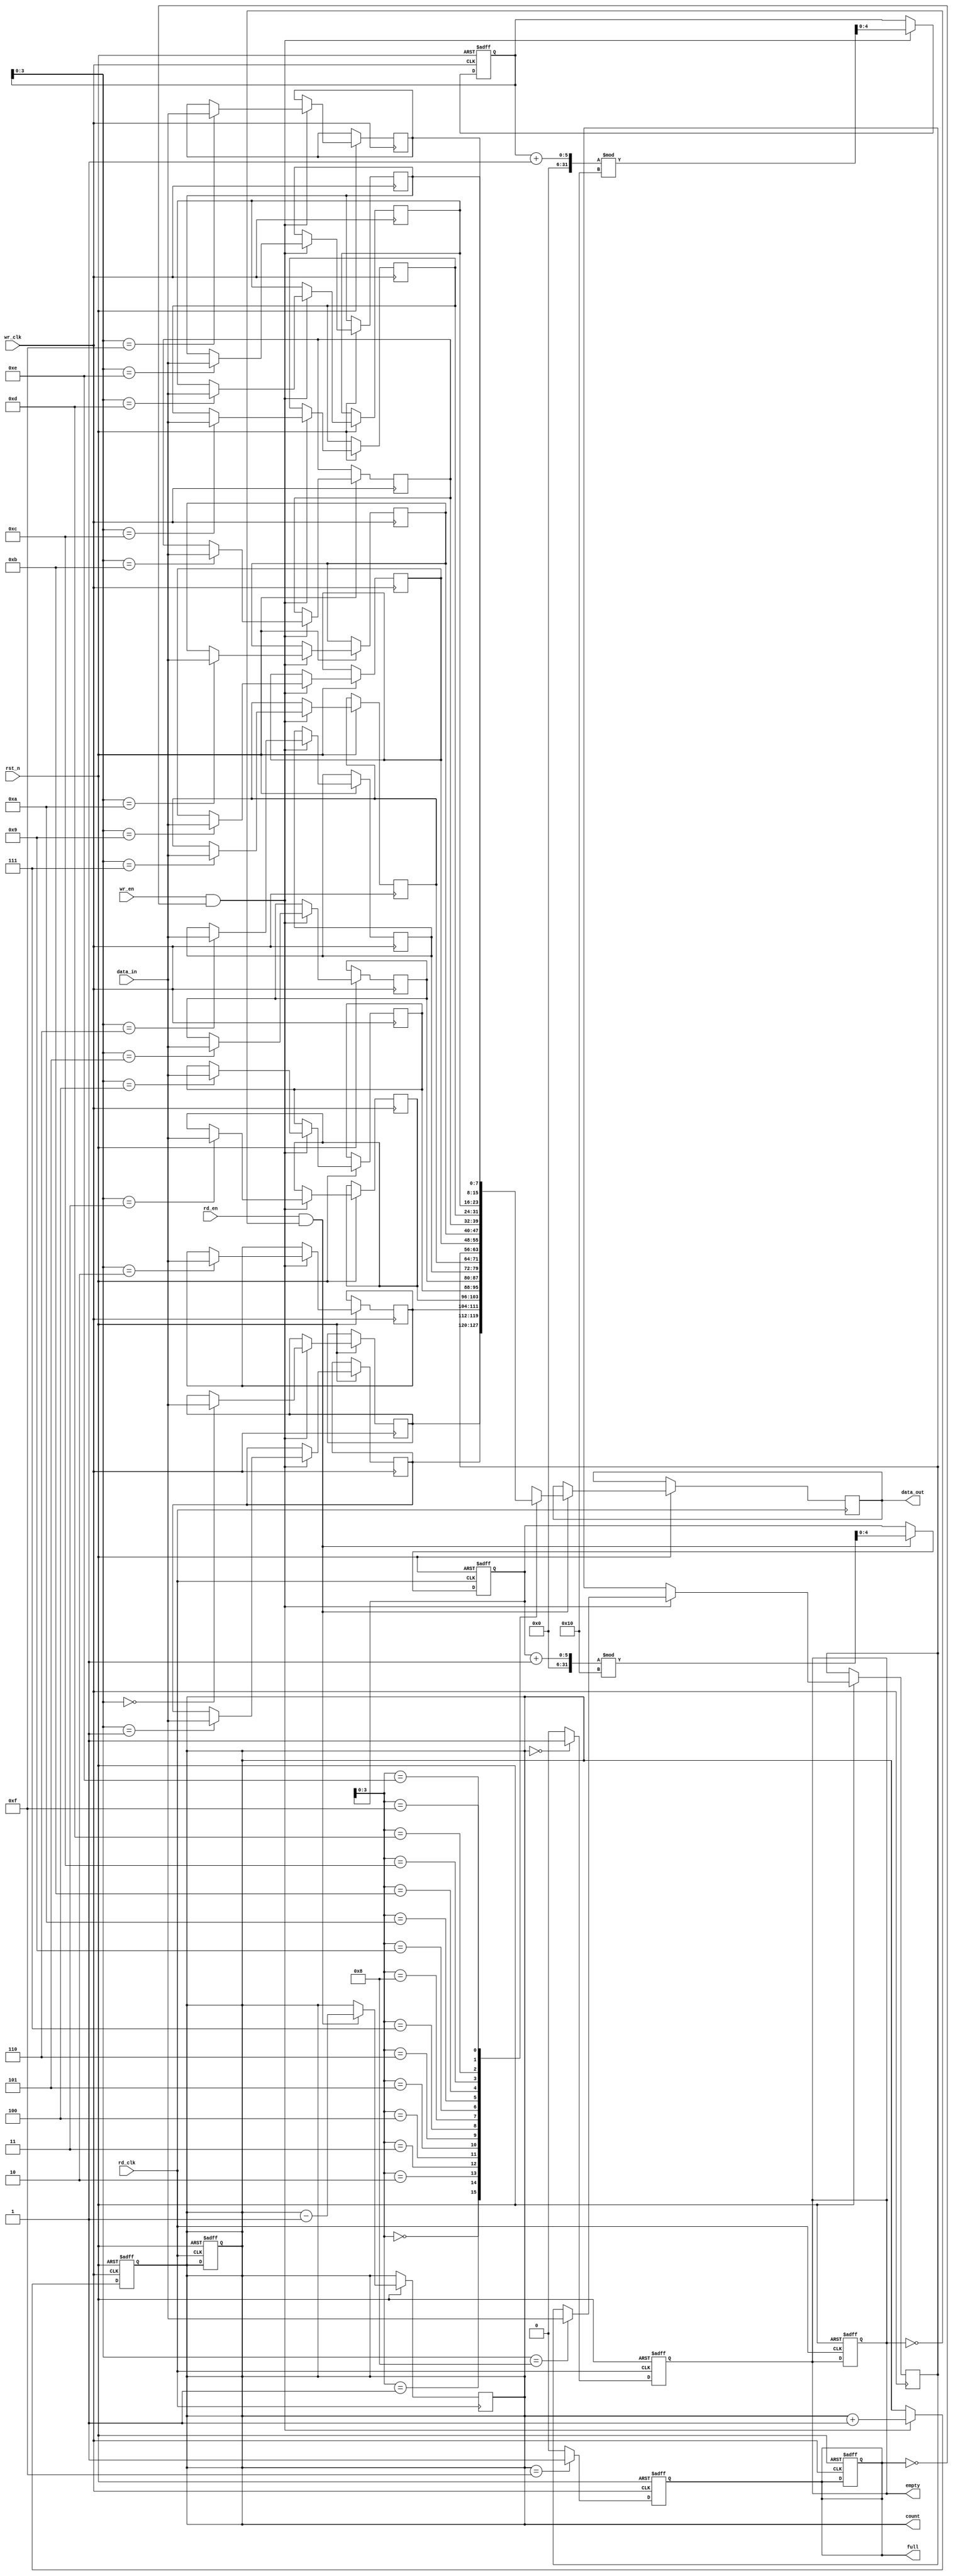
module dual_clock_fifo #(
    parameter DATA_WIDTH = 8,  // Width of the data
    parameter FIFO_DEPTH = 16   // Depth of the FIFO
)(
    input wire wr_clk,          // Write clock
    input wire rd_clk,          // Read clock
    input wire rst_n,           // Asynchronous reset (active low)
    input wire wr_en,           // Write enable
    input wire rd_en,           // Read enable
    input wire [DATA_WIDTH-1:0] data_in, // Data input
    output reg [DATA_WIDTH-1:0] data_out, // Data output
    output reg full,            // FIFO full flag
    output reg empty,           // FIFO empty flag
    output reg [4:0] count      // Number of entries in the FIFO
);

    // Memory array
    reg [DATA_WIDTH-1:0] fifo_mem [0:FIFO_DEPTH-1];

    // Write and read pointers
    reg [4:0] wr_ptr;
    reg [4:0] rd_ptr;

    // Asynchronous reset
    always @(posedge wr_clk or negedge rst_n) begin
        if (!rst_n) begin
            wr_ptr <= 0;
            full <= 0;
        end else if (wr_en && !full) begin
            fifo_mem[wr_ptr] <= data_in;
            wr_ptr <= (wr_ptr + 1) % FIFO_DEPTH;
        end
    end

    always @(posedge rd_clk or negedge rst_n) begin
        if (!rst_n) begin
            rd_ptr <= 0;
            empty <= 1;
            count <= 0;
        end else begin
            if (rd_en && !empty) begin
                data_out <= fifo_mem[rd_ptr];
                rd_ptr <= (rd_ptr + 1) % FIFO_DEPTH;
            end
        end
    end

    // FIFO status management
    always @(posedge wr_clk or negedge rst_n) begin
        if (!rst_n) begin
            count <= 0;
            full <= 0;
        end else begin
            if (wr_en && !full) begin
                count <= count + 1;
            end
            if (count == FIFO_DEPTH - 1) begin
                full <= 1;
            end else begin
                full <= 0;
            end
        end
    end

    always @(posedge rd_clk or negedge rst_n) begin
        if (!rst_n) begin
            empty <= 1;
        end else begin
            if (rd_en && !empty) begin
                count <= count - 1;
            end
            if (count == 0) begin
                empty <= 1;
            end else begin
                empty <= 0;
            end
        end
    end

endmodule